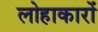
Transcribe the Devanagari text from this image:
लोहाकारों